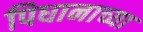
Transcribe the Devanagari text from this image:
पिधानाच्या